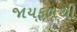
જાયફળથી